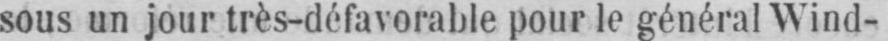
sous un jour très-défavorable pour le général Wind-